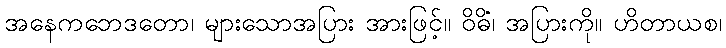
အနေကဘေဒတော၊ များသောအပြား အားဖြင့်။ ဝိဓိံ၊ အပြားကို။ ဟိတာယစ၊